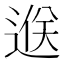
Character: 𨓵